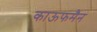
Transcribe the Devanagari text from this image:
काऊफमैन